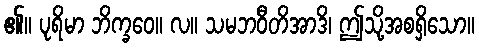
၏။ ပုရိမာ ဘိက္ခဝေ။ လ။ သမဘဝီတိအာဒိ၊ ဤသို့အစရှိသော။